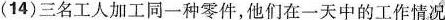
(14)三名工人加工同一种零件，他们在一天中的工作情况